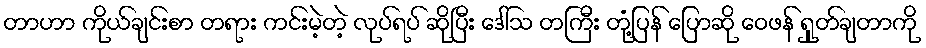
တာဟာ ကိုယ်ချင်းစာ တရား ကင်းမဲ့တဲ့ လုပ်ရပ် ဆိုပြီး ဒေါ်သ တကြီး တုံ့ပြန် ပြောဆို ဝေဖန် ရှုတ်ချတာကို